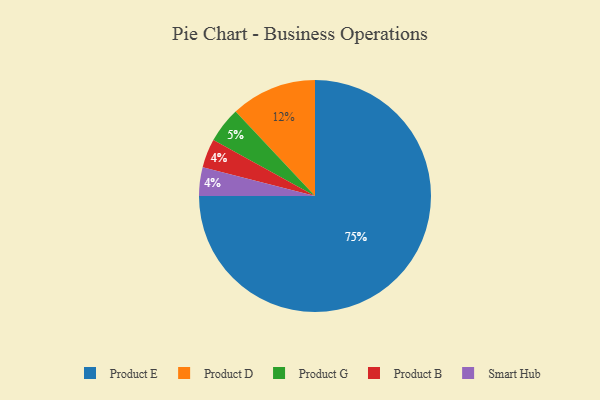
{"axis": {"x": "Category", "y": "Percentage"}, "legend": ["Product B", "Product D", "Product E", "Product G", "Smart Hub"], "data": [{"x": "Product B", "y": 4, "type": "Product B"}, {"x": "Product E", "y": 75, "type": "Product E"}, {"x": "Smart Hub", "y": 4, "type": "Smart Hub"}, {"x": "Product D", "y": 12, "type": "Product D"}, {"x": "Product G", "y": 5, "type": "Product G"}]}